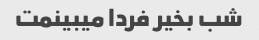
شب بخیر فردا میبینمت